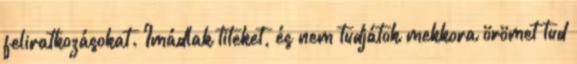
feliratkozásokat. Imádlak titeket, és nem tudjátok mekkora örömet tud